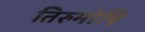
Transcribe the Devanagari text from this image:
तिरुमोष़ि